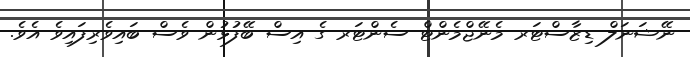
ނޭޝަނަލް ޑިޒާސްޓަރ މެނޭޖްމެންޓް ސެންޓަރ ގެ އިސް ބޭފުޅުން ވެސް ބައިވެރިފައިވެ އެވެ.